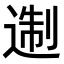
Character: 𨔈